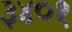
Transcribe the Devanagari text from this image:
३४०१